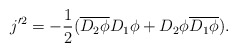
\begin{align*}j'^{2}=-\frac{1}{2}(\overline{D_{2}\phi} D_{1}\phi + D_{2}\phi\overline{D_{1}\phi}).\end{align*}